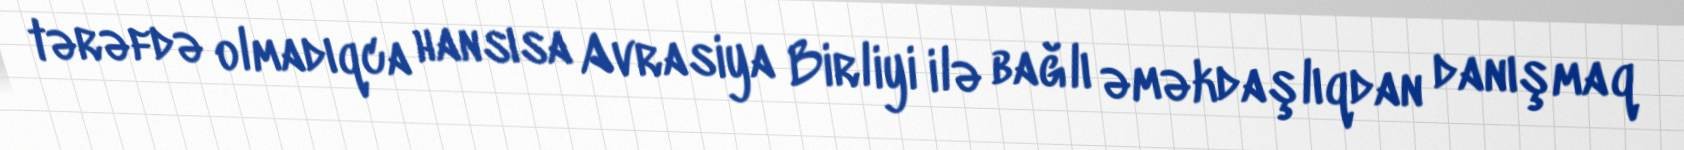
tərəfdə olmadıqca hansısa Avrasiya Birliyi ilə bağlı əməkdaşlıqdan danışmaq